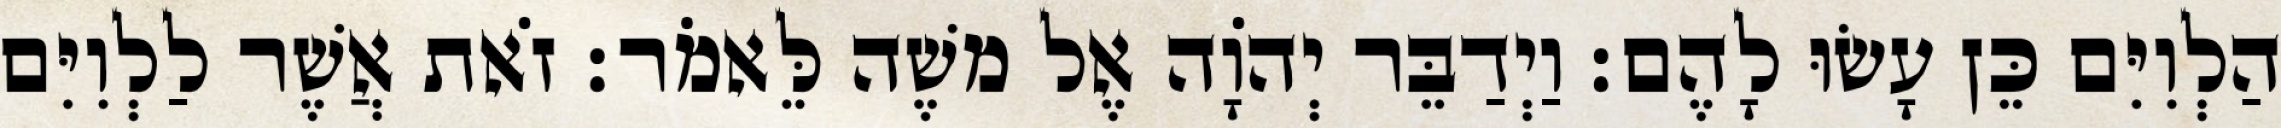
הַלְוִיִּם כֵּן עָשׂוּ לָהֶם׃ וַיְדַבֵּר יְהוָֹה אֶל משֶׁה לֵּאמֹר׃ זֹאת אֲשֶׁר לַלְוִיִּם